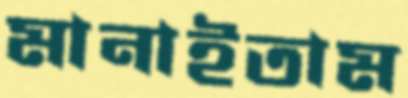
মানাইতাম